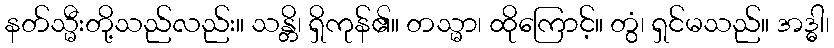
နတ်သ္မီးတို့သည်လည်း။ သန္တိ၊ ရှိကုန်၏။ တသ္မာ၊ ထိုကြောင့်။ တွံ၊ ရှင်မသည်။ အဒ္ဓါ၊